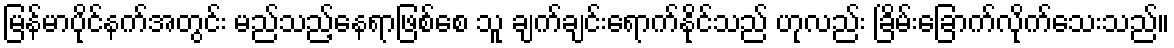
မြန်မာပိုင်နက်အတွင်း မည်သည့်နေရာဖြစ်စေ သူ ချက်ချင်းရောက်နိုင်သည် ဟုလည်း ခြိမ်းခြောက်လိုက်သေးသည်။